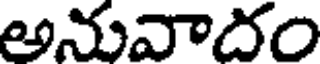
అనువాదం